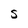
Character: S